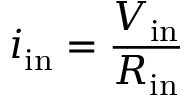
i _ { \mathrm { i n } } = { \frac { V _ { \mathrm { i n } } } { R _ { \mathrm { i n } } } }